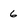
Character: 6